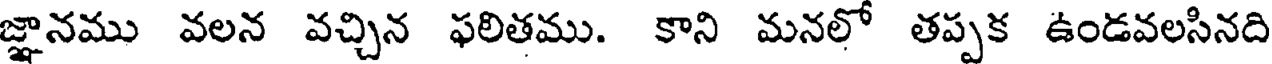
జ్ఞానము వలన వచ్చిన ఫలితము. కాని మనలో తప్పక ఉండవలసినది